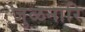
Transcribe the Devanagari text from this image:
जुळनारि